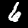
Label: 6